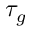
\tau _ { g }